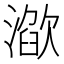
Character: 𣽌